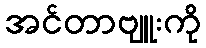
အင်တာဗျူးကို